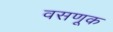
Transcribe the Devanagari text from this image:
वसणूक